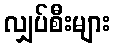
လျှပ်စီးများ